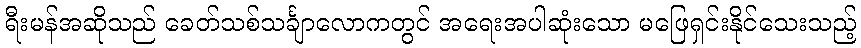
ရီးမန်အဆိုသည် ခေတ်သစ်သင်္ချာလောကတွင် အရေးအပါဆုံးသော မဖြေရှင်းနိုင်သေးသည့်